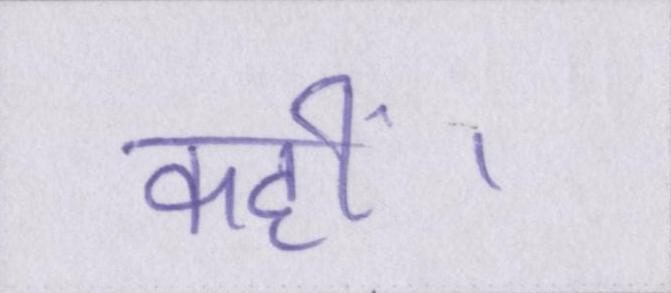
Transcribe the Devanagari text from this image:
कहीं।